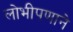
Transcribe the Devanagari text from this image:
लोभीपणाने